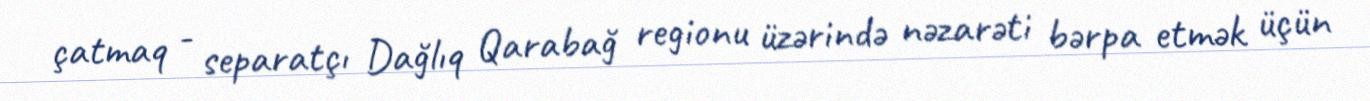
çatmaq - separatçı Dağlıq Qarabağ regionu üzərində nəzarəti bərpa etmək üçün